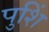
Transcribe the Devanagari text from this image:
पुशिं